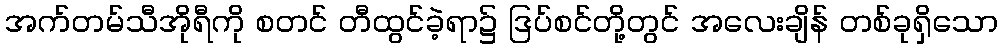
အက်တမ်သီအိုရီကို စတင် တီထွင်ခဲ့ရာ၌ ဒြပ်စင်တို့တွင် အလေးချိန် တစ်ခုရှိသော